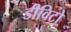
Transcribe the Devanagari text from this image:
डीविटो